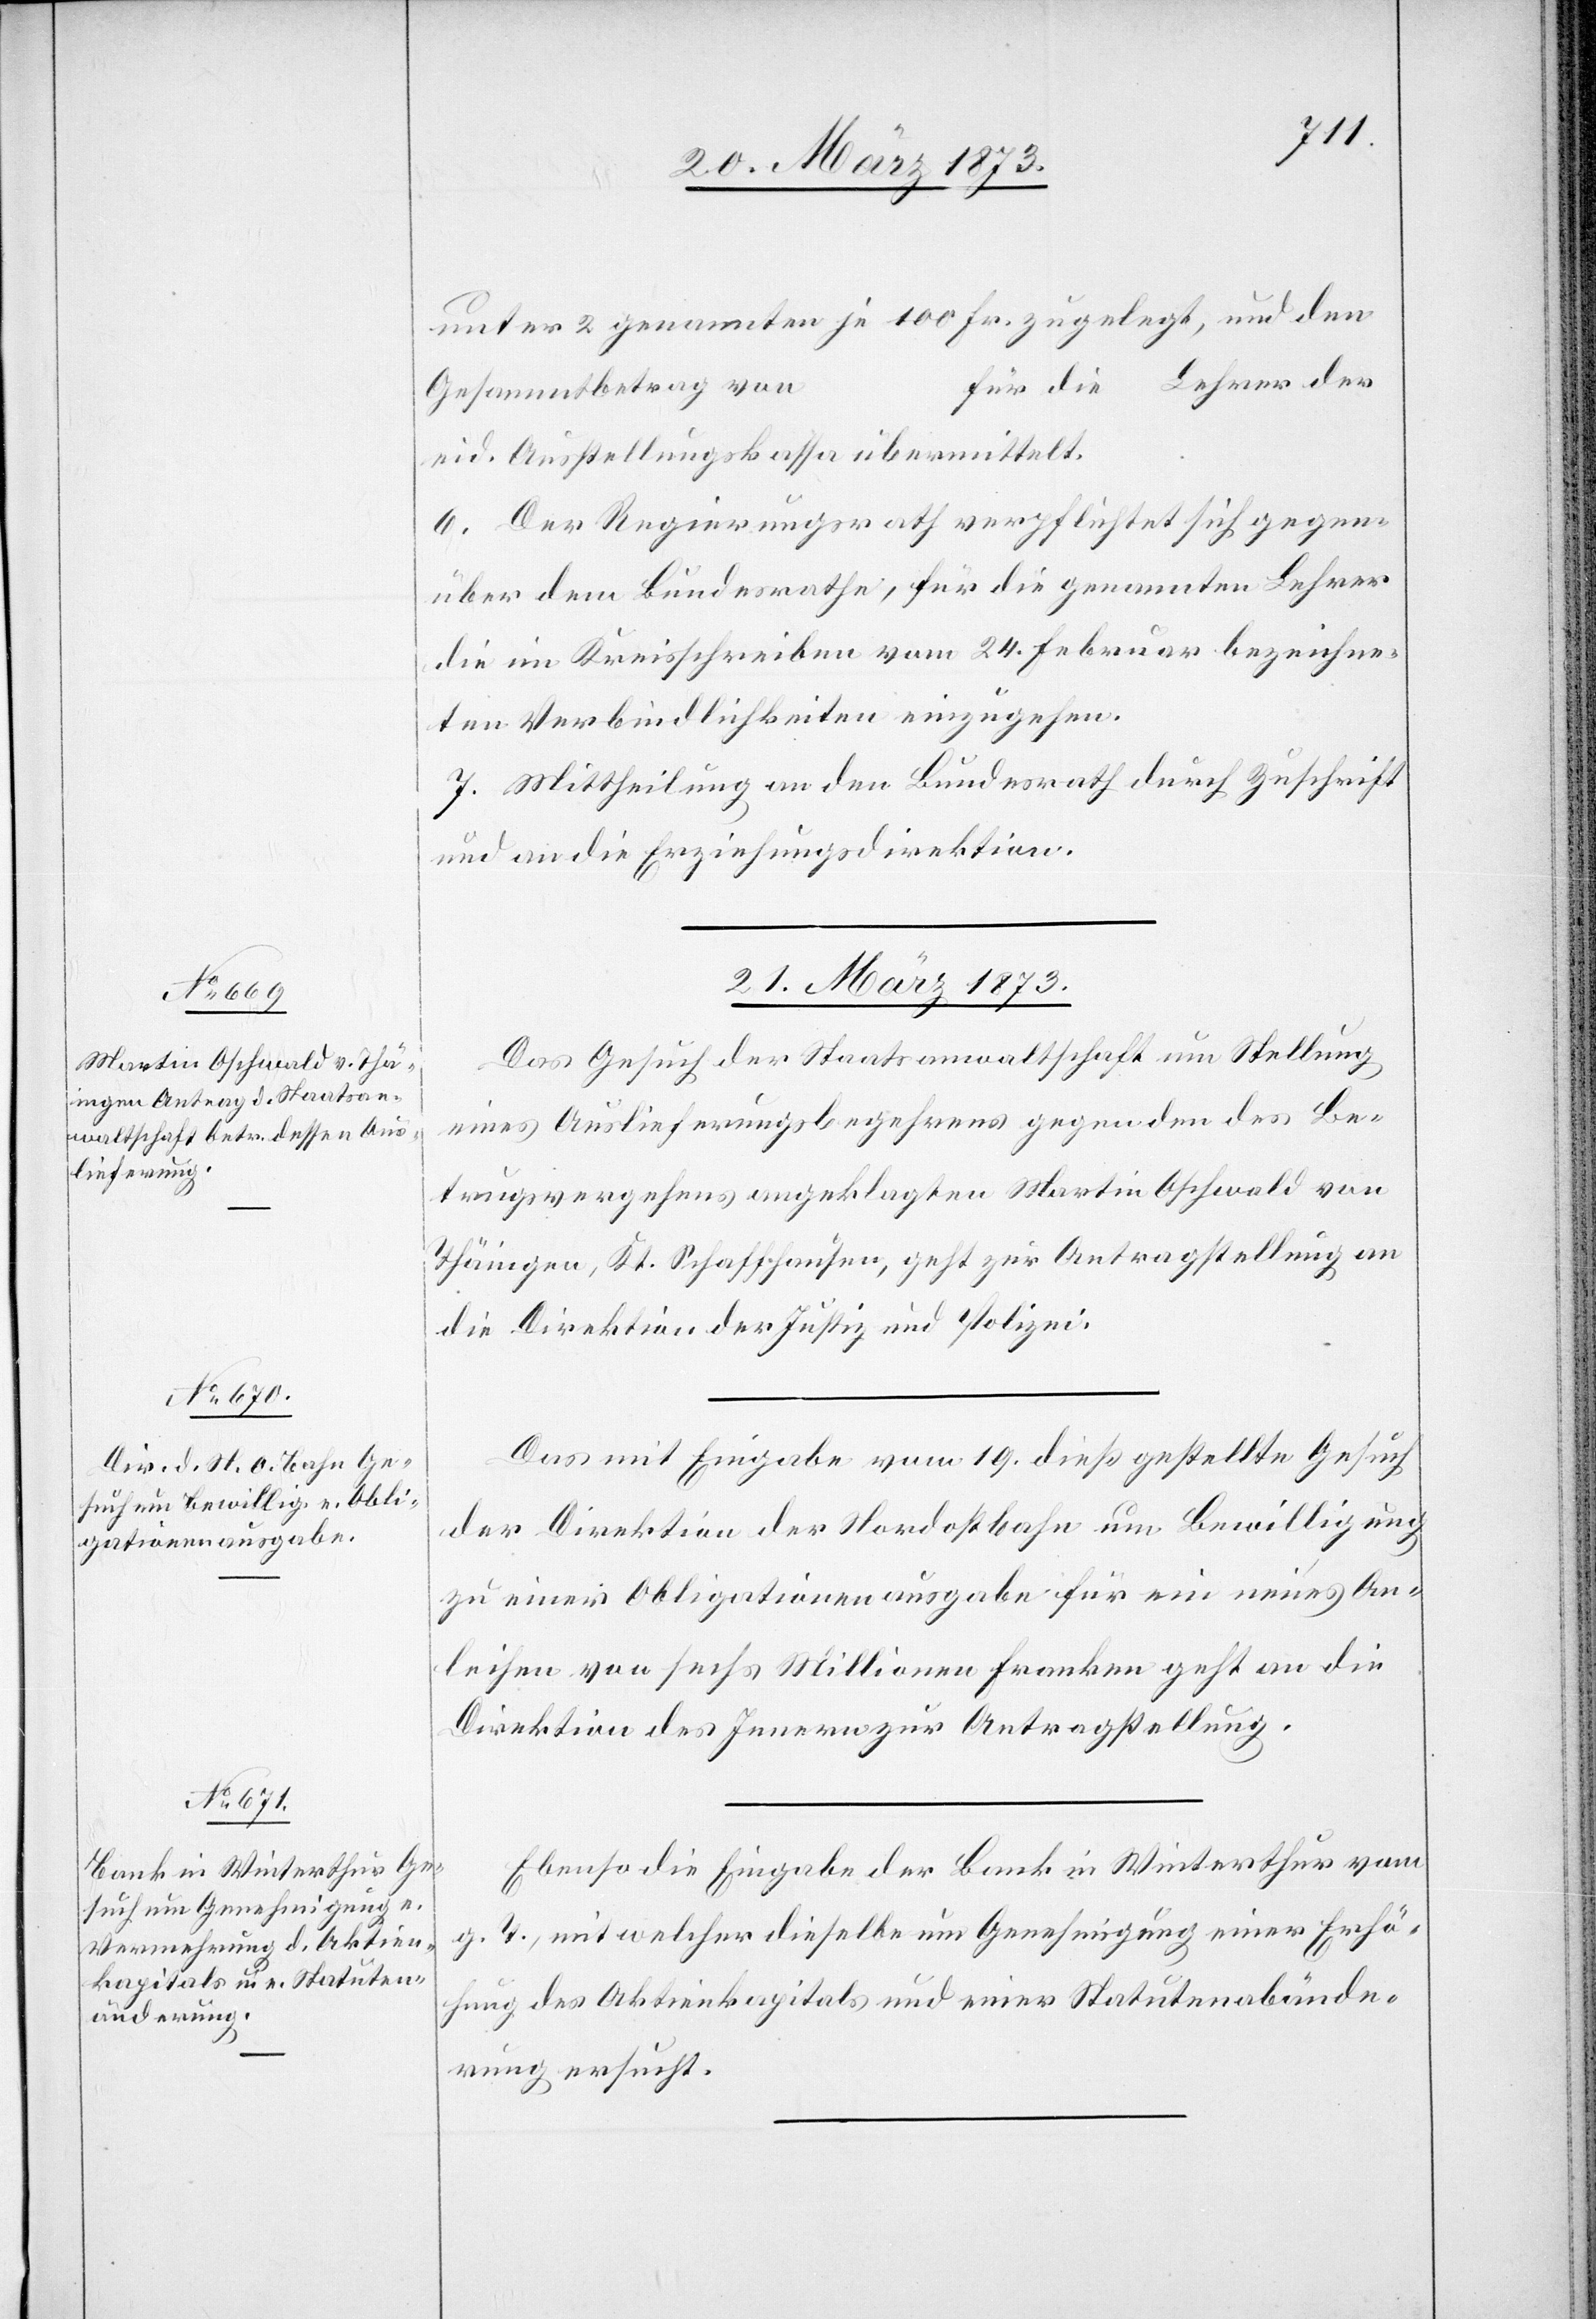
21. März 1873.]
unter 2 genannten je 100 Fr. zugelegt, und den
für die Lehrer der
Gesammtbetrag von
eid. Ausstellungskassa übermittelt.
6. Der Regierungsrath verpflichtet sich gegen¬
über dem Bundesrathe, für die genannten Lehrer
die im Kreisschreiben vom 24. Februar bezeichne¬
ten Verbindlichkeiten einzugehen.
7. Mittheilung an den Bundesrath durch Zuschrift
und an die Erziehungsdirektion.
21. März 1873.
Das Gesuch der Staatsanwaltschaft um Stellung
eines Auslieferungsbegehrens gegen den des Be¬
trugsvergehens angeklagten Martin Oschwald von
Thäingen, Kt. Schaffhausen, geht zur Antragstellung an
die Direktion der Justiz und Polizei.
Das mit Eingabe vom 19. dieß gestellte Gesuch
der Direktion der Nordostbahn um Bewilligung
zu einer Obligationenausgabe für ein neues An¬
leihen von sechs Millionen Franken geht an die
Direktion des Innern zur Antragstellung.
Ebenso die Eingabe der Bank in Winterthur vom
g. T., mit welcher dieselbe um Genehmigung einer Erhö¬
hung des Aktienkapitals und einer Statutenabände¬
rung ersucht.